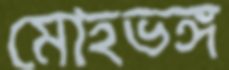
মোহভঙ্গ